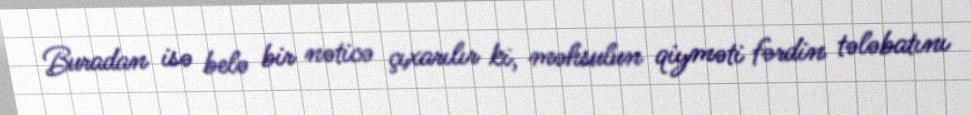
Buradan isə belə bir nəticə çıxarılır ki, məhsulun qiyməti fərdin tələbatını